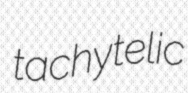
tachytelic